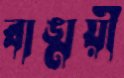
বাঙ্ময়ী